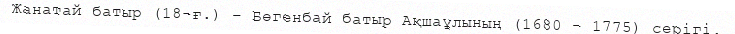
Жанатай батыр (18-ғ.) – Бөгенбай батыр Ақшаұлының (1680 – 1775) серігі.